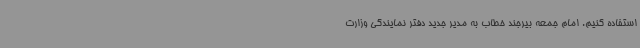
استفاده کنیم. امام جمعه بیرجند خطاب به مدیر جدید دفتر نمایندگی وزارت